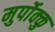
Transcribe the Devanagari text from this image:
मुर्पोक्कु